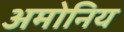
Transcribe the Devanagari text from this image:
अमोनिय